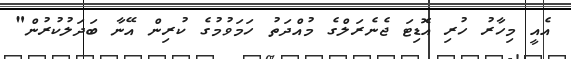
އެއީ މިހާރު ހުރި އޮޑިޓަ ޖެނެރަލްގެ މުއްދަތު ހަމަވުމުގެ ކުރިން އޭނާ ބަދަލުކުރުން"